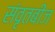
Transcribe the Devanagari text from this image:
संवृतबीज